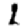
Digit: 1